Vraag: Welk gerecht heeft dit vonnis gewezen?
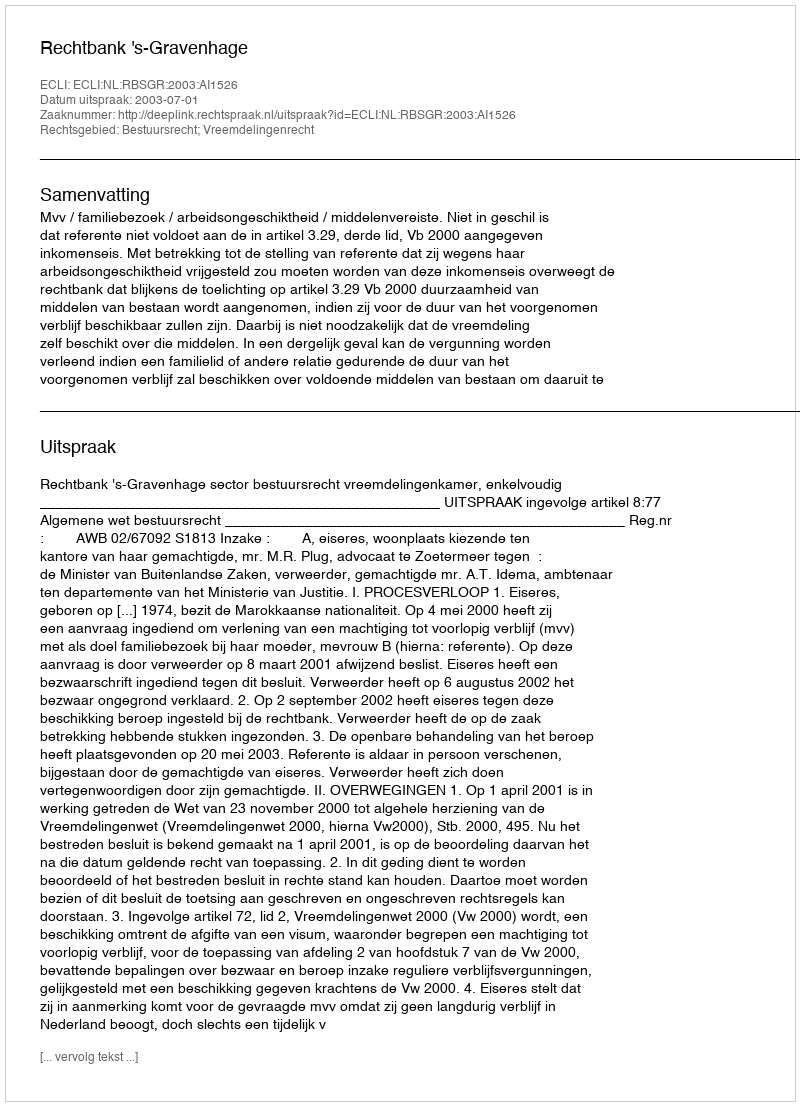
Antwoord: Rechtbank 's-Gravenhage